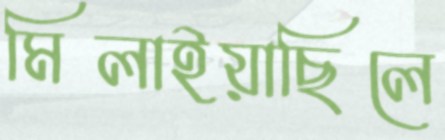
মিলাইয়াছিলে